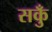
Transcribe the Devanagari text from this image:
सकुँ